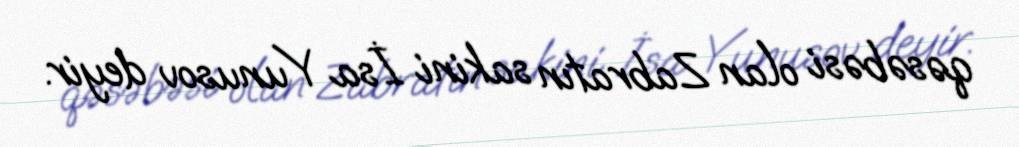
qəsəbəsi olan Zabratın sakini İsa Yunusov deyir.